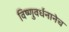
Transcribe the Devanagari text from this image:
विष्णुवर्धनानेच